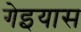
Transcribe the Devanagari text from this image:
गेइयास